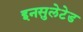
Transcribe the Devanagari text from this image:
इनसुलेटेड